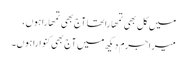
میں کل بھی تمھارا تھا آج بھی تمھارا ہوں،
میرا جرم دیکھ میں آج بھی کنوارا ہوں۔